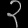
Digit: ၃